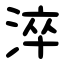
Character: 淬